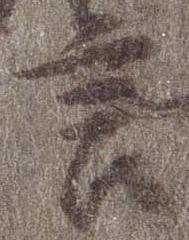
言